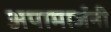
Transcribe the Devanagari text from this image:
अपामार्जनी